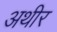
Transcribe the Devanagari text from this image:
अथीर